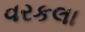
વરકલા